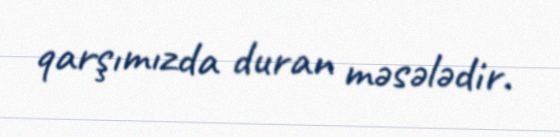
qarşımızda duran məsələdir.